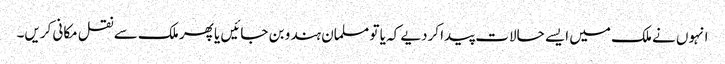
انہوں نے ملک میں ایسے حالات پیدا کردیے کہ یا تو مسلمان ہندو بن جائیں یا پھر ملک سے نقل مکانی کریں۔